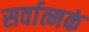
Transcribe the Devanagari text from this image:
सर्वात्मकं